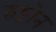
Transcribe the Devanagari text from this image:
रुष्टोन